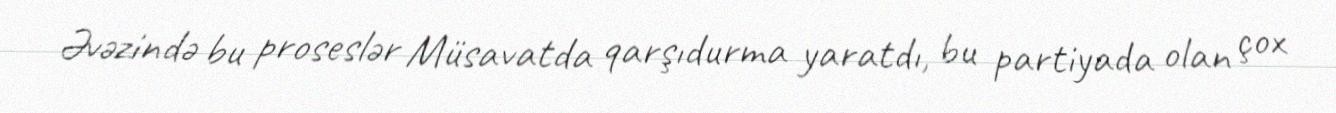
Əvəzində bu proseslər Müsavatda qarşıdurma yaratdı, bu partiyada olan çox